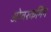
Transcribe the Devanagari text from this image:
ओवरकमिंग